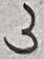
Text: 3